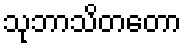
သုဘာသိတတော